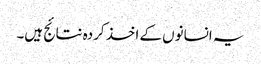
یہ انسانوں کے اخذ کردہ نتائج ہیں۔